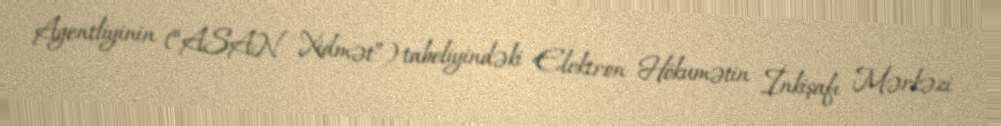
Agentliyinin (“ASAN Xidmət”) tabeliyindəki Elektron Hökumətin İnkişafı Mərkəzi